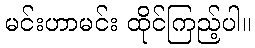
မင်းဟာမင်း ထိုင်ကြည့်ပါ။